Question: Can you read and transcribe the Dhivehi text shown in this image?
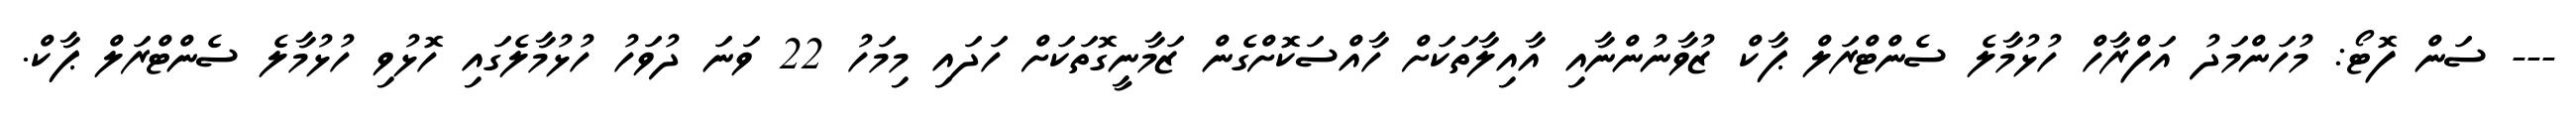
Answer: --- ސަން ފޮޓޯ: މުހަންމަދު އަފްރާހް ހުޅުމާލެ ސެންޓްރަލް ޕާކް ޒުވާނުންނާއި އާއިލާތަކަށް ހާއްސަކޮށްގެން ޒަމާނީގޮތަކަށް ހަދައި މިމަހު 22 ވަނަ ދުވަހު ހުޅުމާލެގައި ހޮޅުވި ހުޅުމާލެ ސެންޓްރަލް ޕާކް.